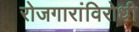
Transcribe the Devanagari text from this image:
रोजगारांविरोधी